Vaccination Hyderabad 1872-1889 - 1872-1889
Year: 1872
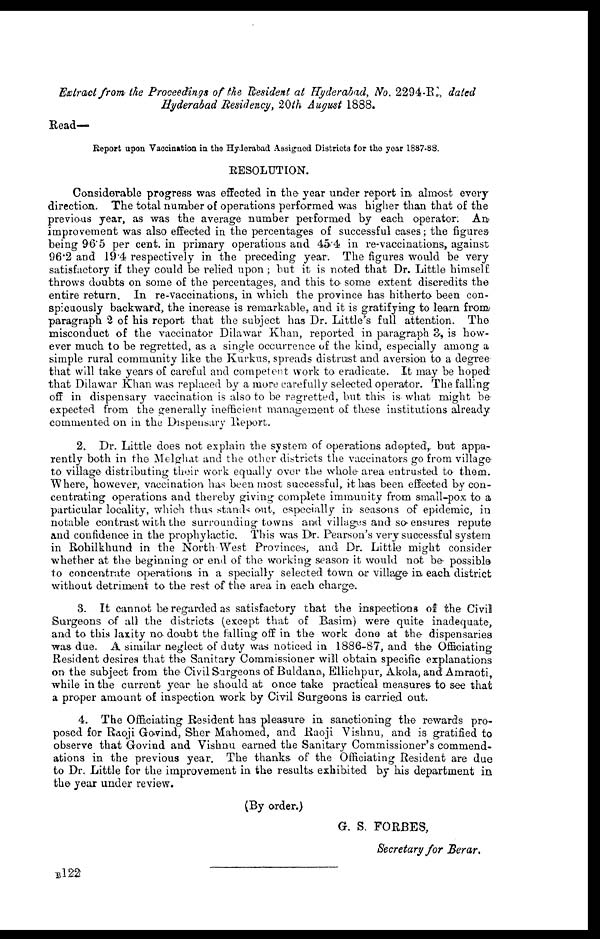
Extract from the Proceedings of the Resident at Hyderabad, No. 2294-R., dated
Hyderabad Residency, 20th August 1888.
Read-
Report upon Vaccination in the Hyderabad Assigned Districts for the year 1887-88.
RESOLUTION.
Considerable progress was effected in the year under report in almost every
direction. The total number of operations performed was higher than that of the
previous year, as was the average number performed by each operator. An
improvement was also effected in the percentages of successful cases; the figures
being 96.5 per cent. in primary operations and 45.4 in re-vaccinations, against
96.2 and 19.4 respectively in the preceding year. The figures would be very
satisfactory if they could be relied upon; but it is noted that Dr. Little himself
throws doubts on some of the percentages, and this to some extent discredits the
entire return. In re-vaccinations, in which the province has hitherto been con-
spicuously backward, the increase is remarkable, and it is gratifying to learn from,
paragraph 2 of his report that the subject has Dr. Little's full attention. The
misconduct of the vaccinator Dilawar Khan, reported in paragraph 3, is how-
ever much to be regretted, as a single occurrence of the kind, especially among a
simple rural community like the Kurkus, spreads distrust and aversion to a degree
that will take years of careful and competent work to eradicate. It may be hoped
that Dilawar Khan was replaced by a more carefully selected operator. The falling
off in dispensary vaccination is also to be regretted, but this is what might be
expected from the generally inefficient management of these institutions already
commented on in the Dispensary Report.
2. Dr. Little does not explain the system of operations adopted, but appa-
rently both in the Melghat and the other districts the vaccinators go from village
to village distributing their work equally over the whole area entrusted to them.
Where, however, vaccination has been most successful, it has been effected by con-
centrating operations and thereby giving complete immunity from small-pox to a
particular locality, which thus stands out, especially in seasons of epidemic, in
notable contrast with the surrounding towns and villages and so ensures repute
and confidence in the prophylactic. This was Dr. Pearson's very successful system
in Rohilkhund in the North West Provinces, and Dr. Little might consider
whether at the beginning or end of the working season it would not be possible
to concentrate operations in a specially selected town or village in, each, district
without detriment to the rest of the area in each charge.
3. It cannot be regarded as satisfactory that the inspections of the Civil
Surgeons of all the districts (except that of Basim) were quite inadequate,
and to this laxity no doubt the falling off in the work done at the dispensaries
was due. A similar neglect of duty was noticed in 1886-87, and the Officiating
Resident desires that the Sanitary Commissioner will obtain specific explanations
on the subject from the Civil Surgeons of Buldana, Ellichpur, Akola, and Amraoti,
while in the current year he should at once take practical measures to see that
a proper amount of inspection work by Civil Surgeons is carried out.
4. The Officiating Resident has pleasure in sanctioning the rewards pro-
posed for Raoji Govind, Sher Mahomed, and Raoji Vishnu, and is gratified to
observe that Govind and Vishnu earned the Sanitary Commissioner's commend-
ations in the previous year. The thanks of the Officiating Resident are due
to Dr. Little for the improvement in the results exhibited by his department in
the year under review.
(By order.)
G. S. FORBES,
Secretary for Berar.
B122